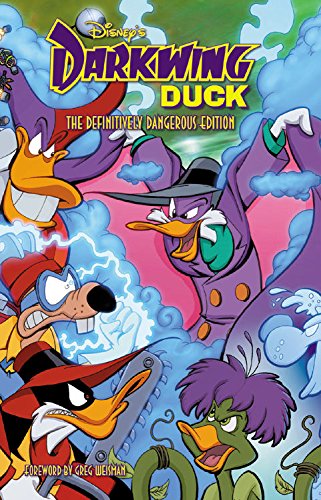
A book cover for Disney's Darkwing Duck Treasury Volume 1 TP (Disney Darkwing Duck Omnibus); Aaron Sparrow; Children's Books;